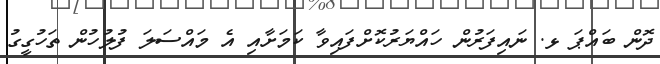
ދޮން ބައްޕަ ޅ. ނައިފަރުން ހައްޔަރުކޮށްފައިވާ ކަމަށާއި އެ މައްސަލަ ފުލުހުން ތަހުގީގު